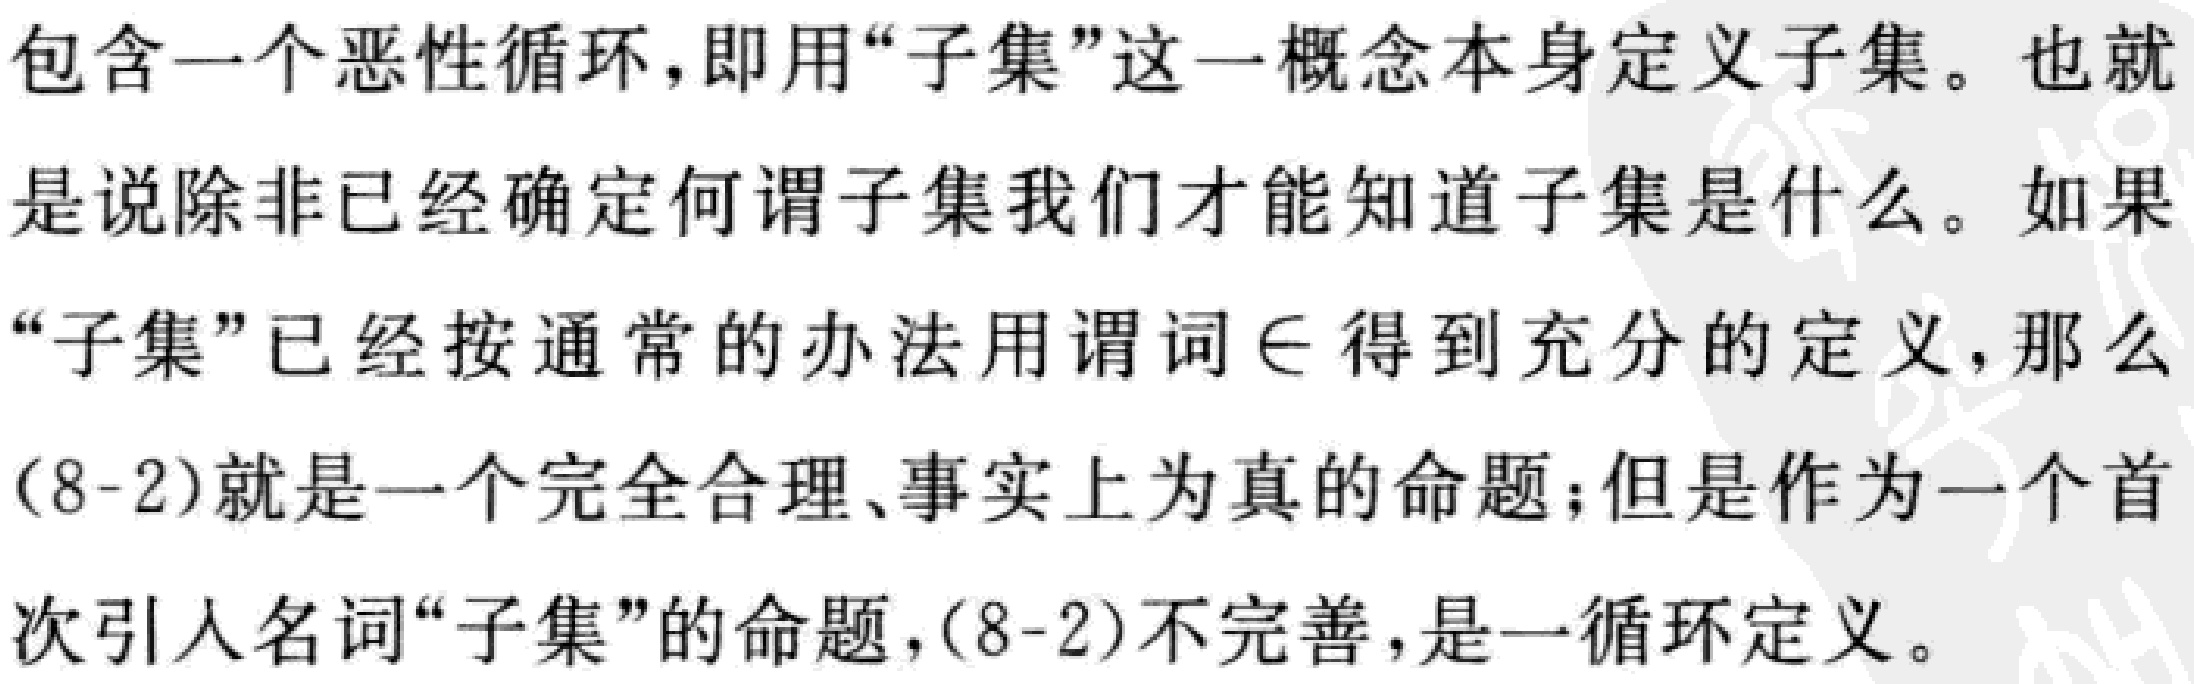
包含一个恶性循环，即用“子集”这一概念本身定义子集。也就是说除非已经确定何谓子集我们才能知道子集是什么。如果“子集”已经按通常的办法用谓词$\in$得到充分的定义，那么(8 - 2)就是一个完全合理、事实上为真的命题；但是作为一个首次引入名词“子集”的命题，(8 - 2)不完善，是一循环定义。